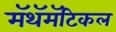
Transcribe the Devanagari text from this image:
मॅथॅमॅटिकल